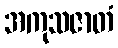
အကုသဇာတံ